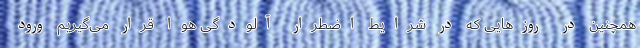
همچنین در روزهایی که در شرایط اضطرار آلودگی هوا قرار می‌گیریم ورود